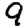
Digit: 9